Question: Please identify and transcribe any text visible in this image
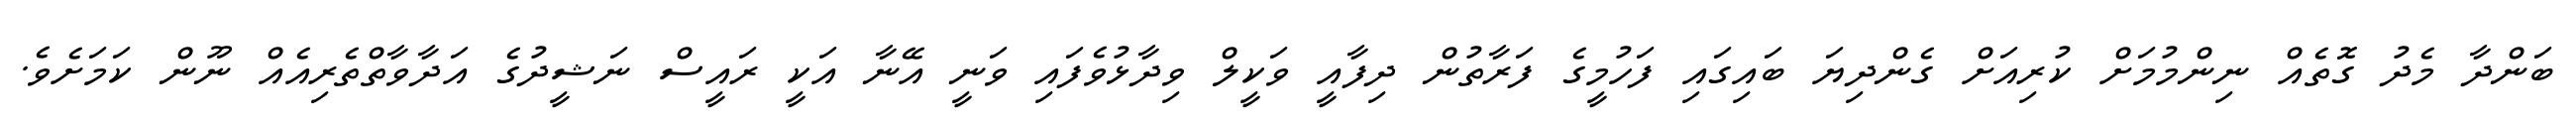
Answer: ބަންދާ މެދު ގޮތެއް ނިންމުމަށް ކުރިއަށް ގެންދިޔަ ބައިގައި ފަހުމީގެ ފަރާތުން ދިފާއީ ވަކީލް ވިދާޅުވެފައި ވަނީ އޭނާ އަކީ ރައީސް ނަޝީދުގެ އަދާވާތްތެރިއެއް ނޫން ކަމަށެވެ.